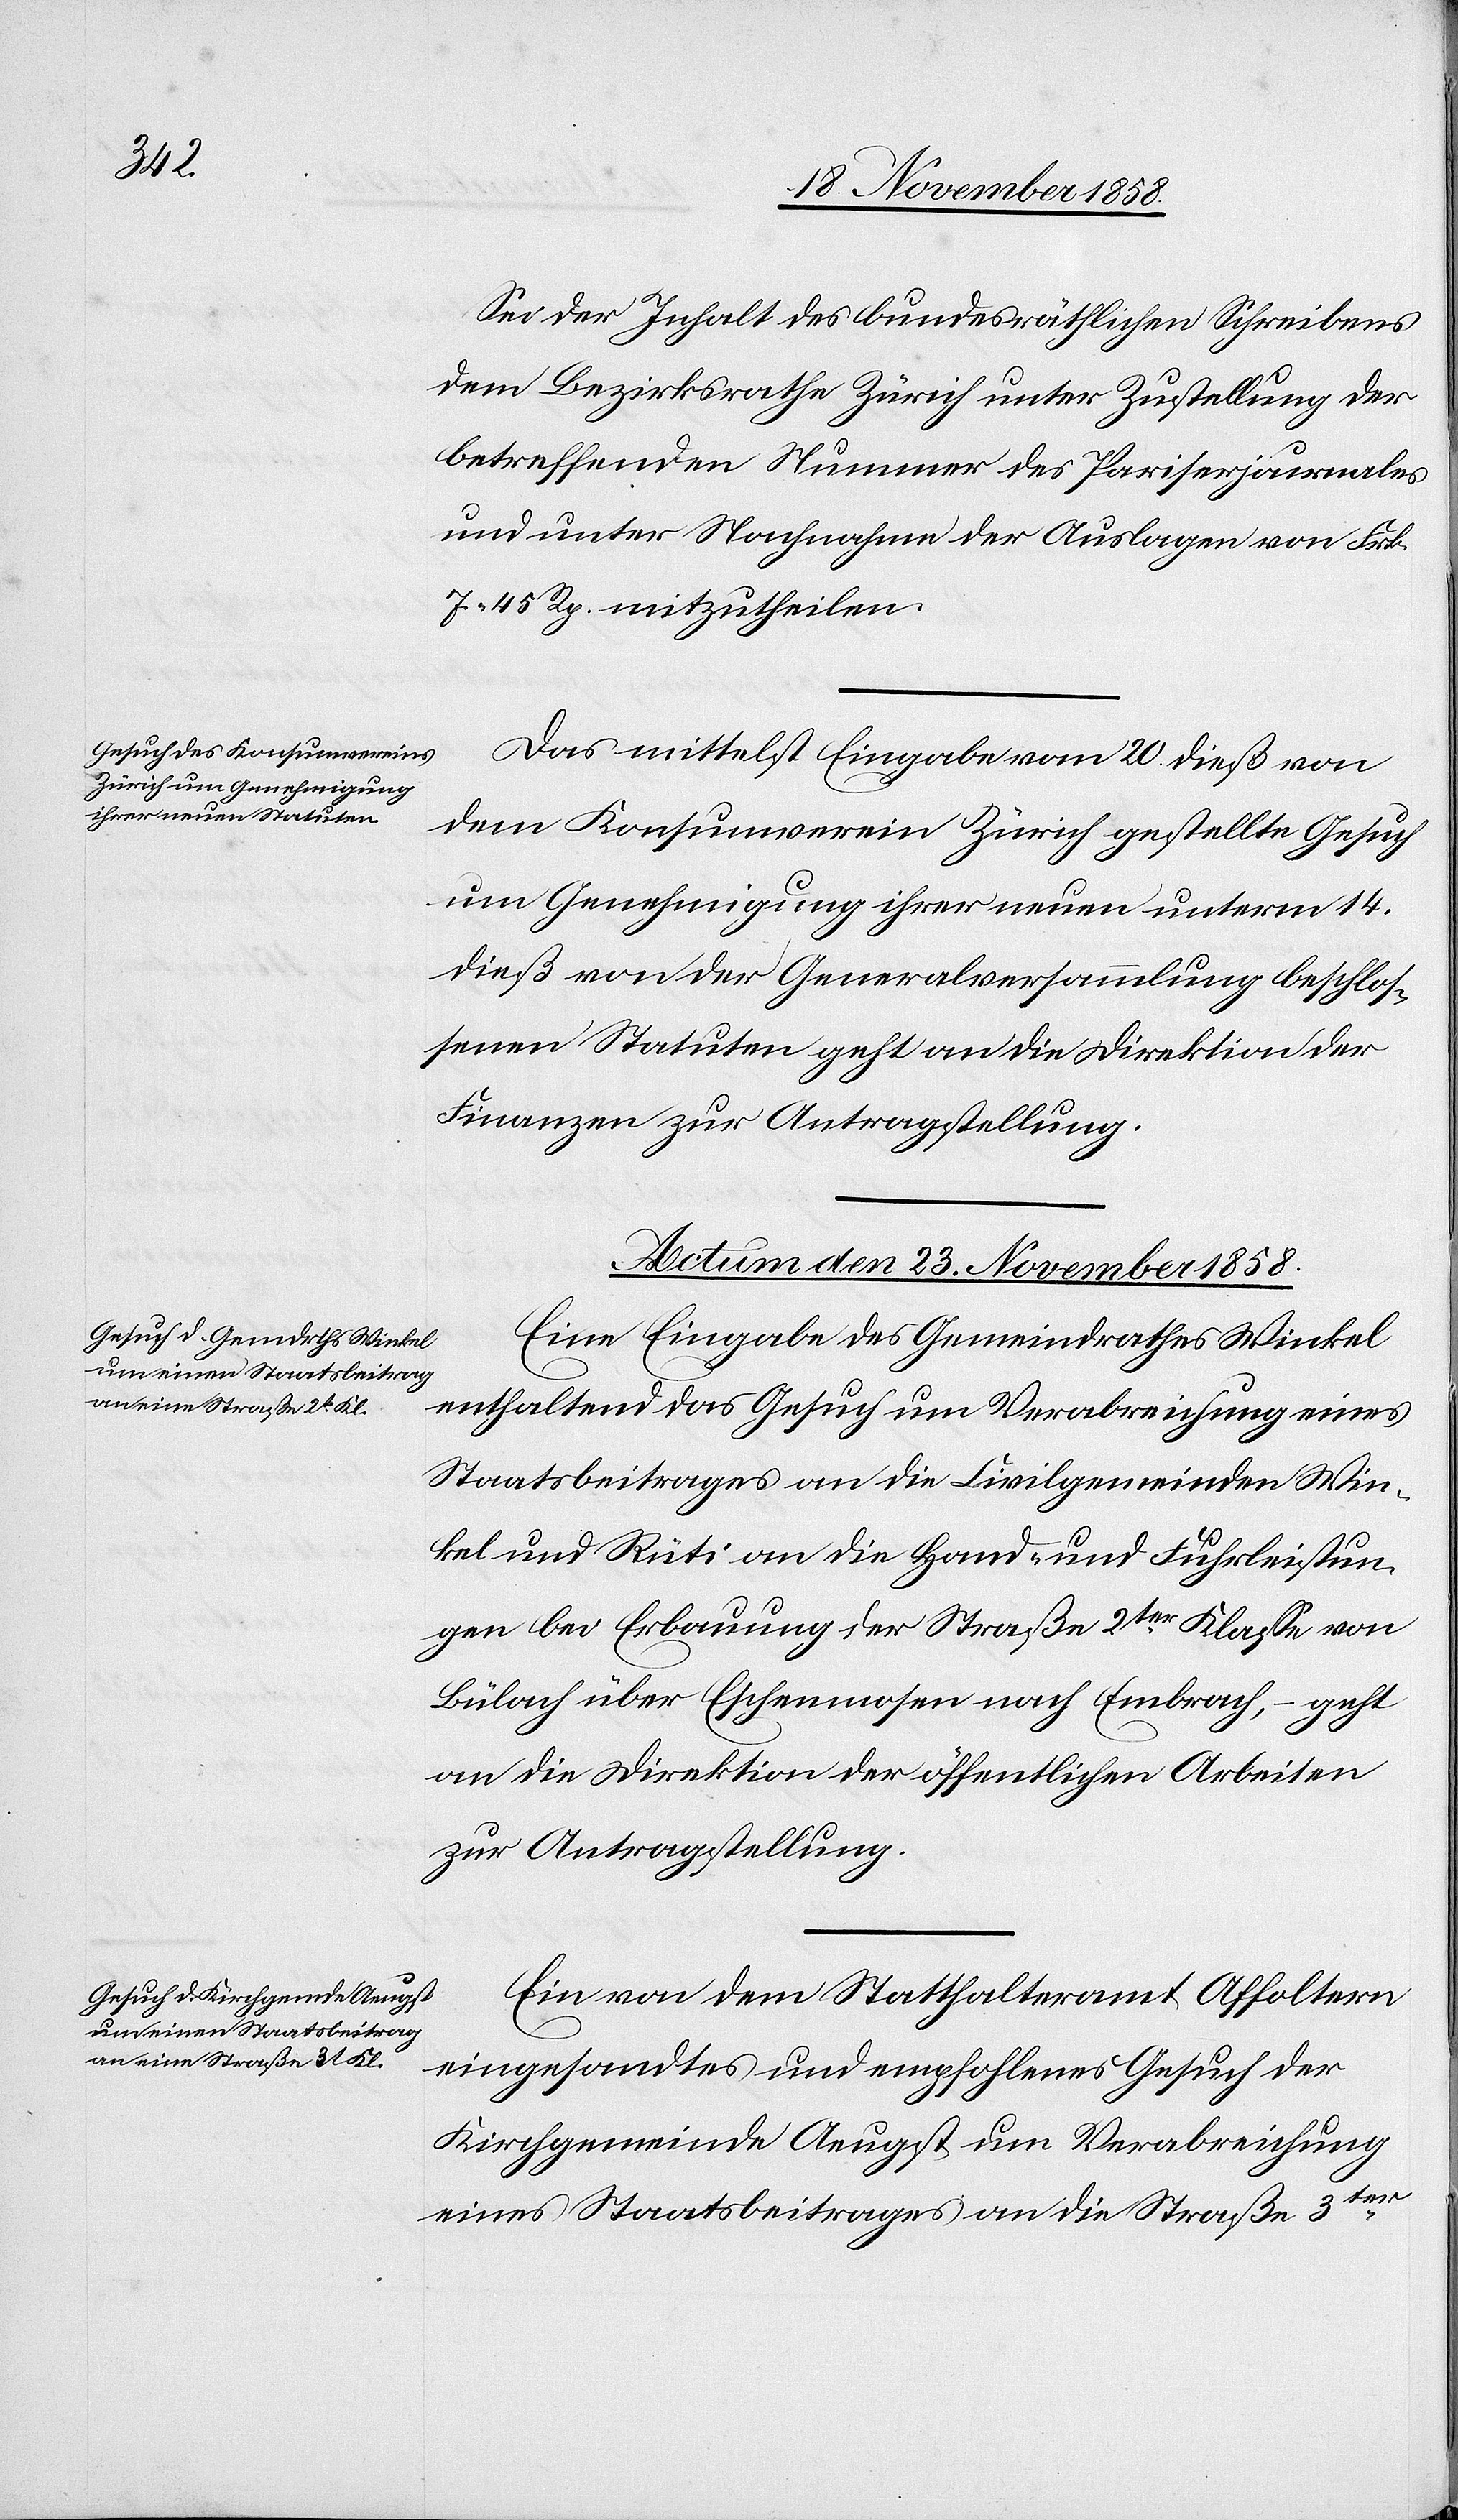
Sei der Inhalt des bundesräthlichen Schreibens
dem Bezirksrathe Zürich unter Zustellung der
betreffenden Nummer des Pariserjournales
und unter Nachnahme der Auslagen von Frk.
7. 45 Rp. mitzutheilen.
Das mittelst Eingabe vom 20. dieß von
dem Konsumverein Zürich gestellte Gesuch
um Genehmigung ihrer neuen unterm 14.
dieß von der Generalversammlung beschlos¬
senen Statuten geht an die Direktion der
Finanzen zur Antragstellung.
Actum den 23. November 1858.]
Eine Eingabe des Gemeindrathes Winkel
enthaltend das Gesuch um Verabreichung eines
Staatsbeitrages an die Civilgemeinden Win¬
kel und Rüti an die Hand- und Fuhrleistun¬
gen bei Erbauung der Straße 2ter Klasse von
Bülach über Eschenmosen nach Embrach, – geht
an die Direktion der öffentlichen Arbeiten
zur Antragstellung.
Ein von dem Statthalteramt Affoltern
eingesandtes und empfohlenes Gesuch der
Kirchgemeinde Aeugst um Verabreichung
eines Staatsbeitrages an die Straße 3ter